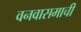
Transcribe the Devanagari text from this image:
वनवासमाची